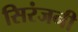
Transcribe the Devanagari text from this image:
सिरंजनी